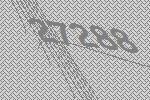
27288